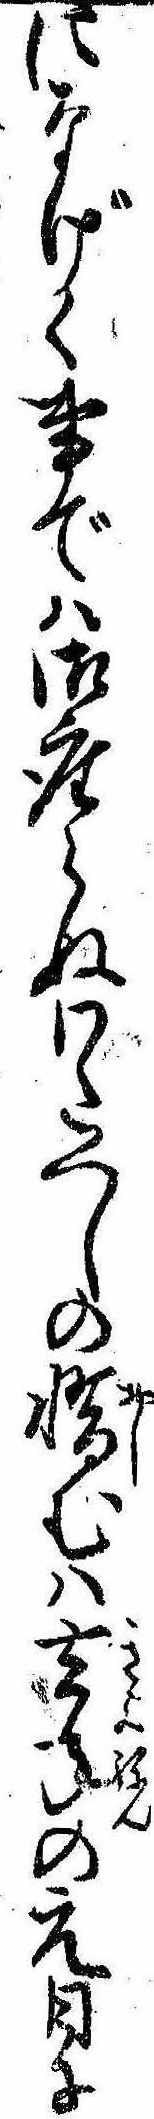
になげく事では御座らぬわたくしの惜むは去年の元日に